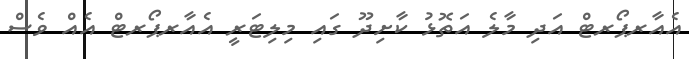
އެއާރޕޯރޓް އަދި މާލެ އަތޮޅު ކާށިދޫ ގައި މިލިޓަރީ އެއާރޕޯރޓް އެއް ވެސް